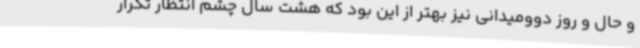
و حال و روز دوومیدانی نیز بهتر از این بود که هشت سال چشم انتظار تکرار